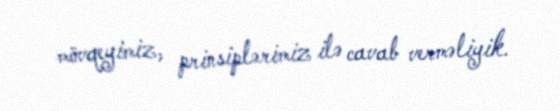
mövqeyimiz, prinsiplərimiz ilə cavab verməliyik.